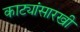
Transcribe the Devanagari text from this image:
काट्यांसारखी